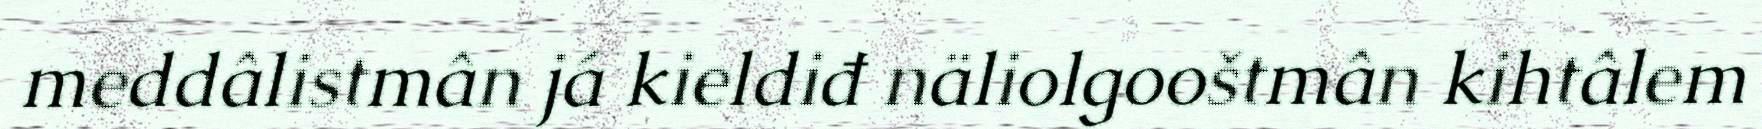
meddâlistmân já kieldiđ näliolgooštmân kihtâlem